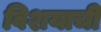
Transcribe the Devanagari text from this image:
विशयाची